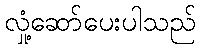
လှုံ့ဆော်ပေးပါသည်